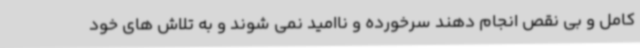
کامل و بی نقص انجام دهند سرخورده و ناامید نمی شوند و به تلاش های خود